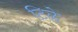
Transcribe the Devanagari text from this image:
टिळे